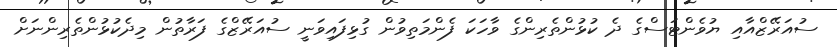
ސުއަރޭޒްއާއި ޔުވެންޓަސްގެ ދެ ކުޅުންތެރިންގެ ވާހަކަ ފެންމަތިވުން ގުޅިފައިވަނީ ސުއަރޭޒްގެ ފަރާތުން މިދެކުޅުންތެރިންނަށް